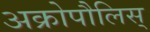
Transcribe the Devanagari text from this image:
अक्रोपौलिस्‌